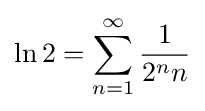
\ln 2=\sum _{n=1}^{\infty }{\frac {1}{2^{n}n}}